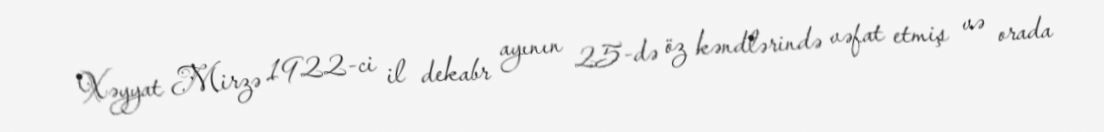
Xəyyat Mirzə 1922-ci il dekabr ayının 25-də öz kəndlərində vəfat etmiş və orada